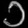
Digit: ၁